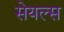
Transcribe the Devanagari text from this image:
सेयल्स